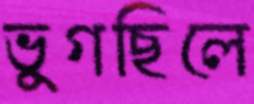
ভুগছিলে